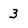
Character: 3